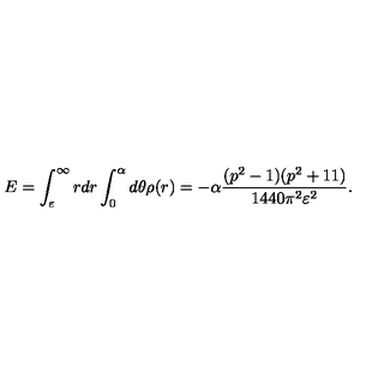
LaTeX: E = \int _ { \varepsilon } ^ { \infty } r d r \int _ { 0 } ^ { \alpha } d \theta \rho ( r ) = - \alpha \frac { ( p ^ { 2 } - 1 ) ( p ^ { 2 } + 1 1 ) } { 1 4 4 0 \pi ^ { 2 } \varepsilon ^ { 2 } } .